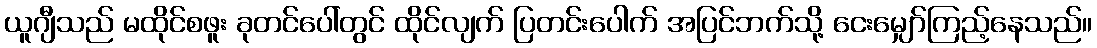
ယူဂျီသည် မထိုင်စဖူး ခုတင်ပေါ်တွင် ထိုင်လျက် ပြတင်းပေါက် အပြင်ဘက်သို့ ငေးမျှော်ကြည့်နေသည်။